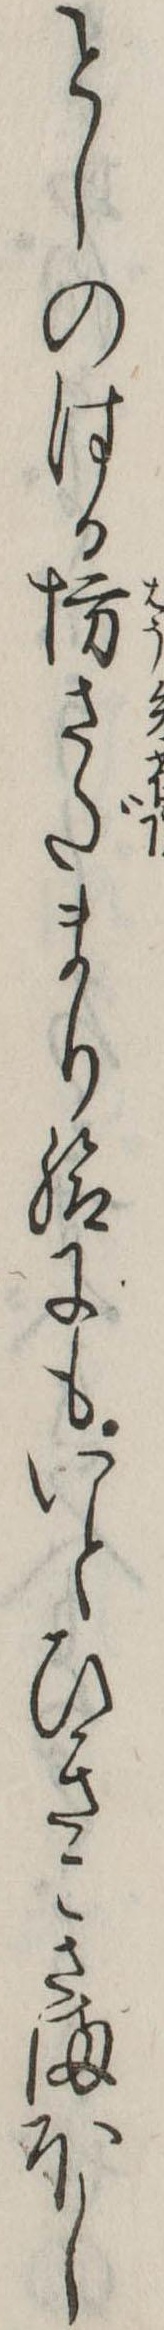
としのはる坊さだまり給にもいとひきこさまほし